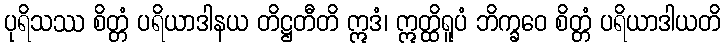
ပုရိသဿ စိတ္တံ ပရိယာဒါနယ တိဋ္ဌတီတိ ဣဒံ၊ ဣတ္ထိရူပံ ဘိက္ခဝေ စိတ္တံ ပရိယာဒါယတိ